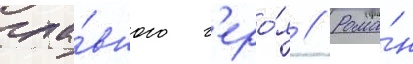
гла́вного г'еро́я // Рома́н